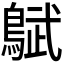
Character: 𬷜